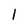
Character: l